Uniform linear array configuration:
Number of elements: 4
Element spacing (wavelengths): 0.25
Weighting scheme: hamming
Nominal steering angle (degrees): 0
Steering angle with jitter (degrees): -1.561
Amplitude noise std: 0.05
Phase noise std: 0.05

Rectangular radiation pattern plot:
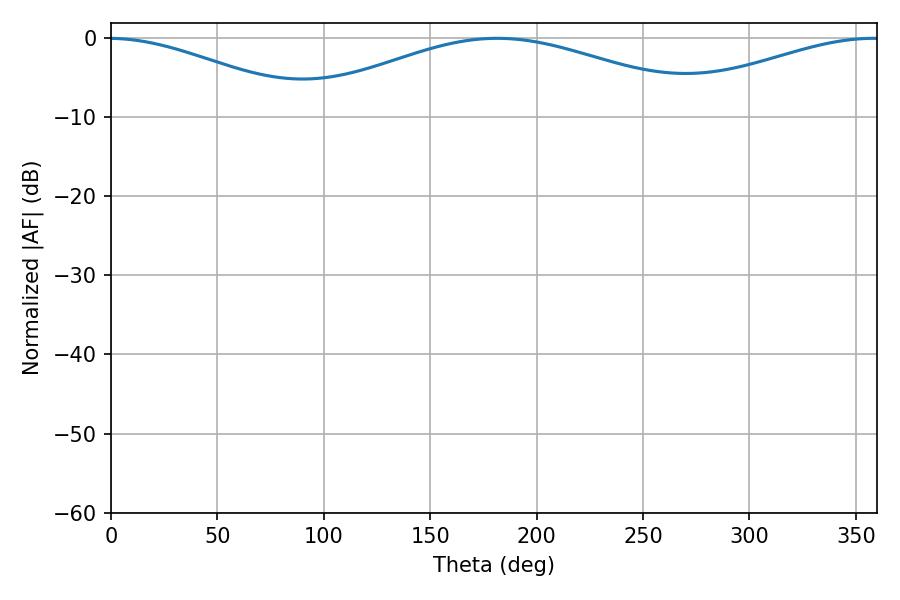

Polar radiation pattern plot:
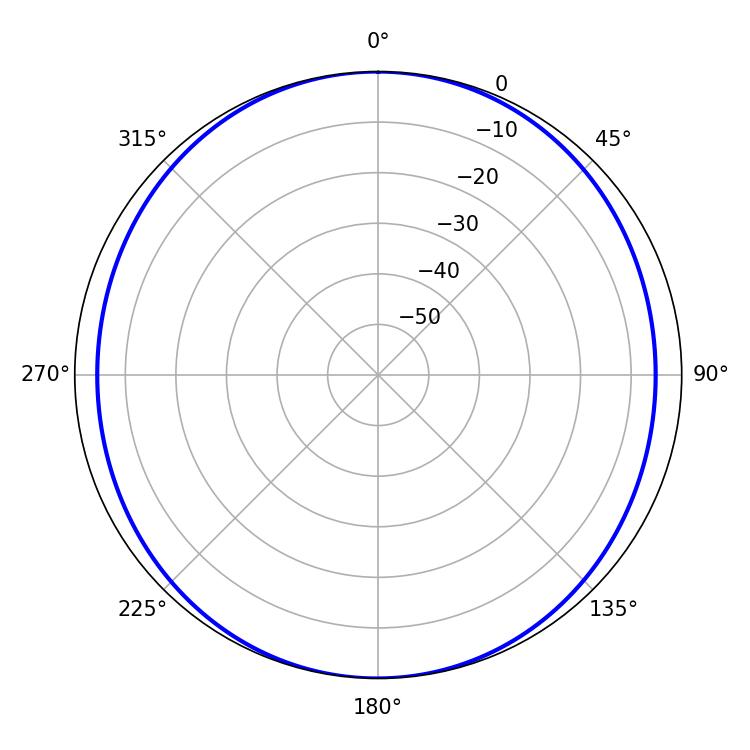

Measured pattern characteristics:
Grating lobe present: FALSE
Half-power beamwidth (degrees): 105.84
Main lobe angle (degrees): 181.44